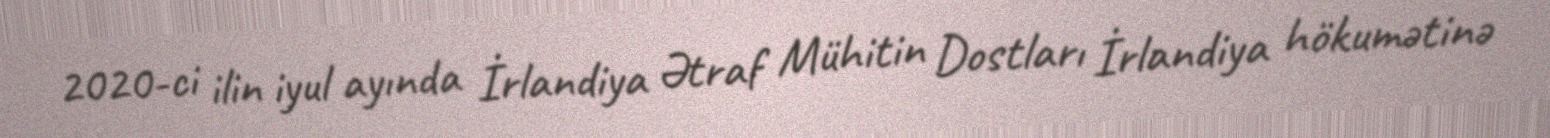
2020-ci ilin iyul ayında İrlandiya Ətraf Mühitin Dostları İrlandiya hökumətinə